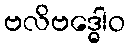
ဗလိဗဒ္ဓေါဝ